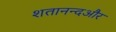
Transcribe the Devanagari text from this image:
शतानन्दऔर